Medical and sanitary report of the native army of Bengal for the year
Year: 1878
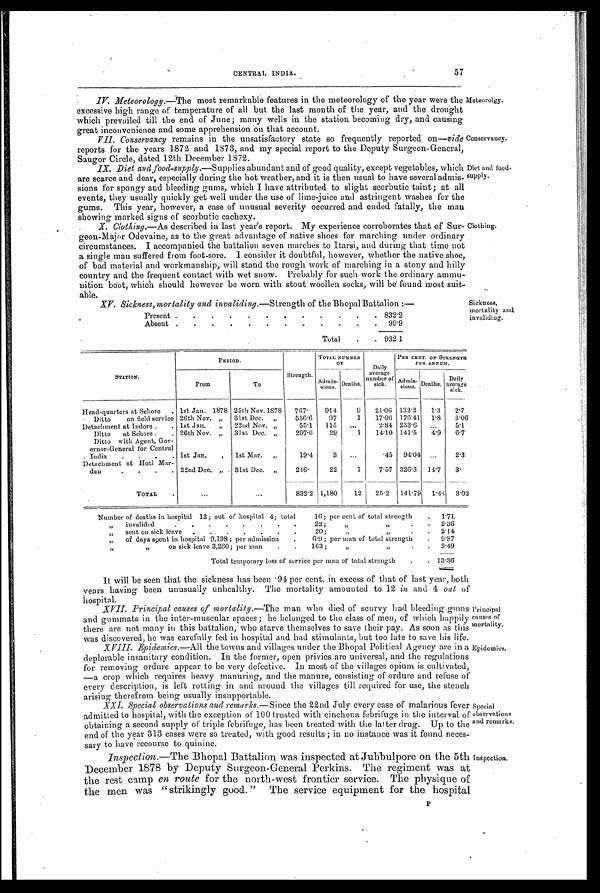
Principal
causes of
mortality.
Epidemics.
CENTRAL INDIA.
57
IV. Meteorology.—The most remarkable features in the meteorology of the year were the
excessive high range of temperature of all but the last month of the year, and the. drought
which prevailed till the end of June; many wells in the station becoming dry, and causing
great inconvenience and some apprehension on that account.
VII. Conservancy remains in the unsatisfactory state so frequently reported on—vide
reports for the years 1872 and 1873, and my special report to the Deputy Surgeon-General,
Saugor Circle, dated 12th December 1872.
IX. Diet and food-supply. —Supplies abundant and of good quality, except vegetables, which
are scarce and dear, especially during the hot weather, and it is then usual to have several admis-
sions for spongy and bleeding gums, which I have attributed to slight scorbutic taint ; at all
events, they usually quickly get well under the use of lime-juice and astringent washes for the
gums. This year, however, a case of unusual severity occurred and ended fatally, the man
showing marked signs of scorbutic cachexy.
X. Clothing.—As described in last year's report. My experience corroborates that of Sur-
geon-Major Odevaine, as to the great advantage of native shoes for marching under ordinary
circumstances. I accompanied the battalion seven marches to Itarsi, and during that time not
a single man suffered from foot-sore. I consider it doubtful, however, whether the native shoe,
of bad material and workmanship, will stand the rough work of marching in a stony and hilly
country and the frequent contact with wet snow. Probably for such work the ordinary ammu-
nition boot, which should however be worn with stout woollen socks, will be found most suit-
able.
Meteorolgy.
Conservancy.
Diet and
food-supply.
Clothing.
XV. Sickness, mortality and invaiding.—Strength of the Bho p al Battalion :—
Present .
.
.
.
.
.
.
.
.
.
.
. 832.2
Absent .
.
.
.
.
.
.
.
.
.
.
.
99.9
Total
.
. 932.1
Sickness,
mortality and
invaliding.
STATION.
PERIOD.
Strength.
TOTAL NUMBER
OF
Daily
average
number of
sick.
PER CENT. OF STRENGTH
PER ANNUM.
From
To
A d m i s -
sign
Deaths.
Admi s-
sions. Deaths.
Daily
average
Head-quarters at Sehore
. 1st Jan. 1878 25th Nov. 1878
767.
914
9
21.00 132.2
1.3
2.7
Ditto
on field service 26th Nov. „
31st Dec.
„
550.6
97
1
17.00 170.41
1.8
3.06
Detachment at Indore .
. 1st Jan.
„
22nd Nov. ,,
55.1
115
. . .
2.84 233.6
...
5.1
Ditto at Sehore .
. 26th Nov. „
31st Dec. „
207.6
29
1
14.10 141.5
4.9
6.7
Ditto with Agent, Gov-
ernor - General for Central
India
.. . 1st Jan.
,
1st Mar.
„
19.4
3
. . .
.45
94.04
...
2.3
Detachment at Hoti Mar-
dun
.
.
.
. 22nd Dec. ,, . 31st Dec.
„
246.
22
1
7.57 326.3
14.7
3'
T O T A L
. . .
...
832.2
1,180
12
25.2
141.79
1.44
3.02
Number of deaths in hospital 12; out of hospital 4; total 16; per cent of total strength
.
1.71
„
invalided
.
.
.
.
.
.
.
.
22 ;
„
, ,
.
2.36
„
sent on sick leave
.
.
.
.
.
. . 2 0 ;
.
.
2.14
„
of days spent in hospital 9,198 ; per admission
. 6 . 9 ;p
e r m
a n o ft
o t a l s t r e n g t h
.
9.87
, , , , o n s i c k l e a v e3
, 2 6 0 ; p e rm
a n
. . 1 6 3 ;
„ .
.
3.49
Total temporary loss of service per man of total strength
.
. 13.36
It will be seen that the sickness has been .94 per cent. in excess of that of last year, both
y ears having been unusually unhealthy. The mortality amounted to 12 in and 4 out of
hospital.
XVII. Principal causes of mortality. —The man who died of scurvy had bleeding gums
and gummata in the inter-muscular spaces; he belonged to the class of men, of which happily
there are not many in this battalion, who starve themselves to save their pay. As soon as this
was discovered, he was carefully fed in hospital and had stimulants, but too late to save his life.
XVIII. Epidemics. —All the towns and villages under the Bhopal Political Agency are in a
deplorable insanitary condition. In the former, open privies are universal, and the regulations
for removing ordure appear to be very defective. In most of the villages opium is cultivated,
—a crop which requires heavy manuring, and the manure, consisting of ordure and refuse of
every description, is left rotting in and around the villages till required for use, the stench
arising therefrom being usually insupportable.
XXI. Special observations and remarks. —Since the 22nd July every case of malarious fever
admitted to hospital, with the exception of 100 treated with cinchona febrifuge in the interval of
obtaining a second supply of triple febrifuge, has been treated with the latter drug. Up to the
end of the year 313 cases were so treated, with good results; in no instance was it found neces-
sary to have recourse to quinine.
Inspection. —The Bhopal Battalion was inspected at Jubbulpore on the 5th
December 1878 by Deputy Surgeon-General Perkins. The regiment was at
the rest camp en route for the north-west frontier service. The physique of
the men was "strikingly good. " The service equipment for the hospital
'Special
observations
and remarks.
Inspection.
P